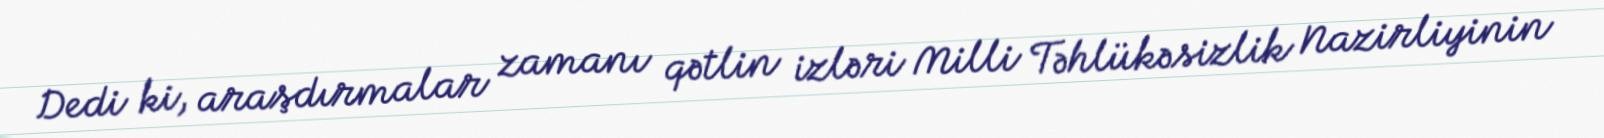
Dedi ki, araşdırmalar zamanı qətlin izləri Milli Təhlükəsizlik Nazirliyinin